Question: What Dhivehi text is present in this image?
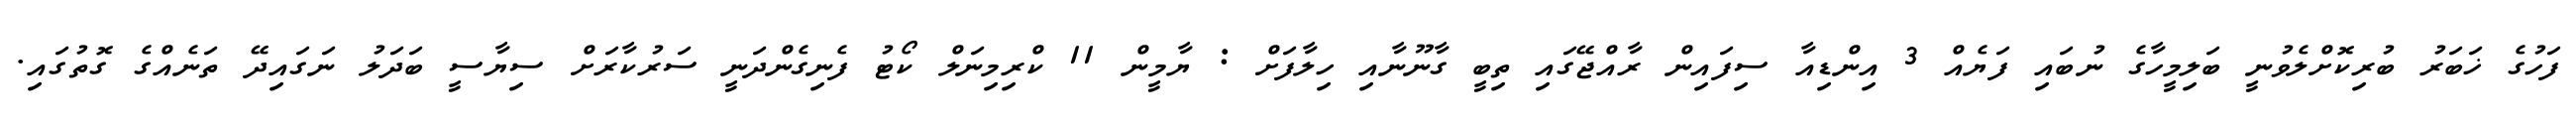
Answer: ފަހުގެ ޚަބަރު ބުރިކޮށްލެވުނީ ބަލިމީހާގެ ނުބައި ފަޔެއް 3 އިންޑިއާ ސިފައިން ރާއްޖޭގައި ތިބީ ގާނޫނާއި ހިލާފަށް : ޔާމީން 11 ކްރިމިނަލް ކޯޓު ފެނިގެންދަނީ ސަރުކާރަށް ސިޔާސީ ބަދަލު ނަގައިދޭ ތަނެއްގެ ގޮތުގައި.